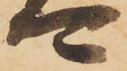
可